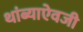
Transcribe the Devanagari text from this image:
थांब्याऐवजी